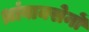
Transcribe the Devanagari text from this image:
थ्रांबाक्सेनों